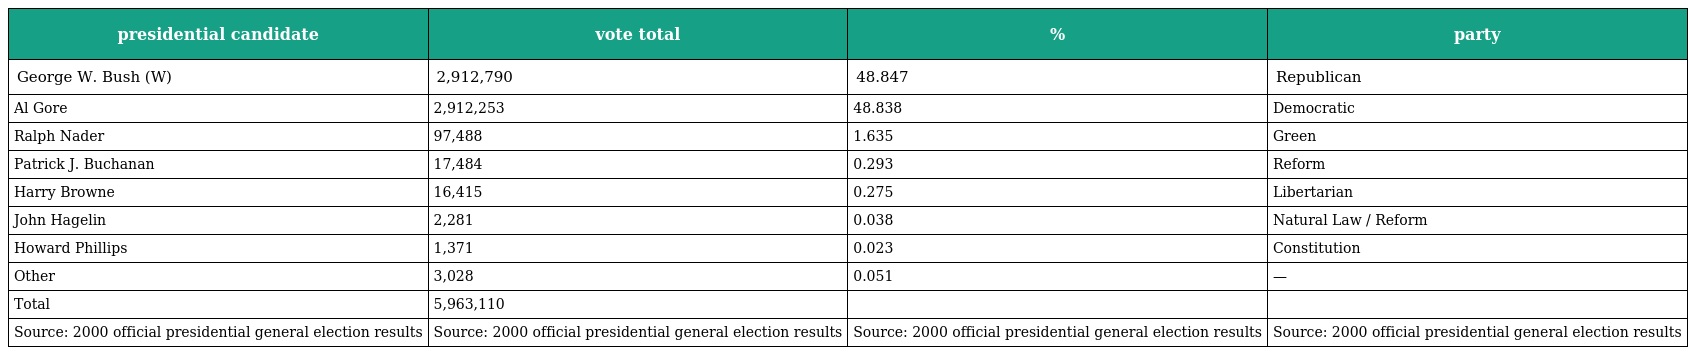
| presidential candidate | vote total | % | party |
 | --- | --- | --- | --- |
 | George W. Bush (W) | 2,912,790 | 48.847 | Republican |
 | Al Gore | 2,912,253 | 48.838 | Democratic |
 | Ralph Nader | 97,488 | 1.635 | Green |
 | Patrick J. Buchanan | 17,484 | 0.293 | Reform |
 | Harry Browne | 16,415 | 0.275 | Libertarian |
 | John Hagelin | 2,281 | 0.038 | Natural Law / Reform |
 | Howard Phillips | 1,371 | 0.023 | Constitution |
 | Other | 3,028 | 0.051 | — |
 | Total | 5,963,110 |  |  |
 | Source: 2000 official presidential general election results | Source: 2000 official presidential general election results | Source: 2000 official presidential general election results | Source: 2000 official presidential general election results |